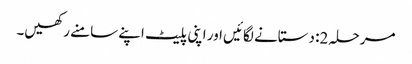
مرحلہ 2: دستانے لگائیں اور اپنی پلیٹ اپنے سامنے رکھیں۔